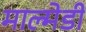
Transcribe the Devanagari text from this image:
माल्मेडी